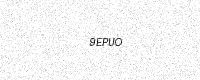
Text: 9EPUO